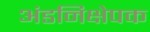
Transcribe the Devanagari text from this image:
अंडनिक्षेपक